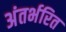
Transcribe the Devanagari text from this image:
अंतर्भरित